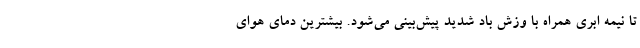
تا نیمه ابری همراه با وزش باد شدید پیش‌بینی می‌شود. بیشترین دمای هوای